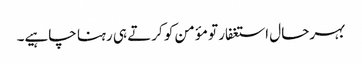
بہرحال استغفار تو مؤمن کو کرتے ہی رہنا چاہیے۔